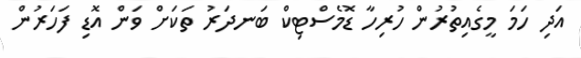
އަދި ހަމަ މީގެއިތުރުން ހުރިހާ ޑޮމެސްޓިކް ބަނދަރު ތަކަށް ވަން އޮޑި ފަހަރުން